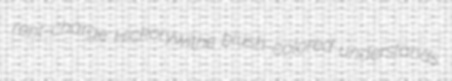
rent-charge Hickorywithe blush-colored understands